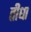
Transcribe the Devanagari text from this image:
तीधा